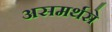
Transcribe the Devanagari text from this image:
असमर्थसे